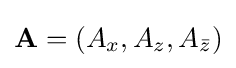
\mathbf {A} =(A_{x},A_{z},A_{\bar {z}})